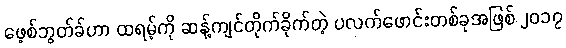
ဖေ့စ်ဘွတ်ခ်ဟာ ထရမ့်ကို ဆန့်ကျင်တိုက်ခိုက်တဲ့ ပလက်ဖောင်းတစ်ခုအဖြစ် ၂၀၁၇